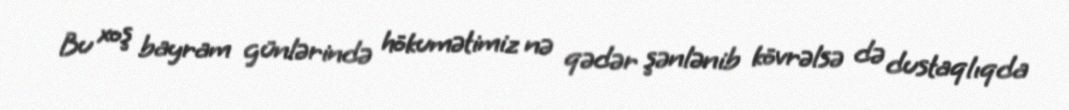
Bu xoş bayram günlərində hökumətimiz nə qədər şənlənib kövrəlsə də dustaqlıqda